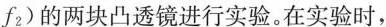
f_{2})的两块凸透镜进行实验。在实验时，